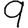
Digit: 9